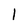
Character: l